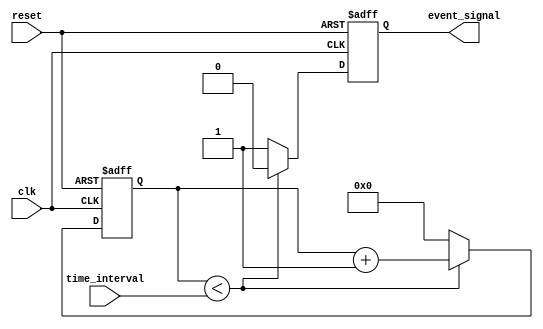
module timer_event_control (
    input wire clk,                 // Clock signal
    input wire reset,               // Asynchronous reset
    input wire [31:0] time_interval, // Duration for the timer
    output reg event_signal        // Event signal output
);

    reg [31:0] counter;             // Internal counter

    // Asynchronous reset behavior
    always @(posedge clk or posedge reset) begin
        if (reset) begin
            counter <= 32'd0;      // Reset counter to 0
            event_signal <= 1'b0;  // De-assert event signal
        end else begin
            // Counting logic
            if (counter < time_interval) begin
                counter <= counter + 1; // Increment counter
                event_signal <= 1'b0;     // Keep event signal low
            end else begin
                // Timer has reached time_interval
                event_signal <= 1'b1;      // Assert event signal
                counter <= 32'd0;          // Reset counter for next event
            end
        end
    end

endmodule